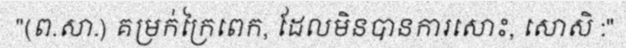
"(ព.សា.) គម្រក់ក្រៃពេក, ដែលមិនបានការសោះ, សោសិ :"